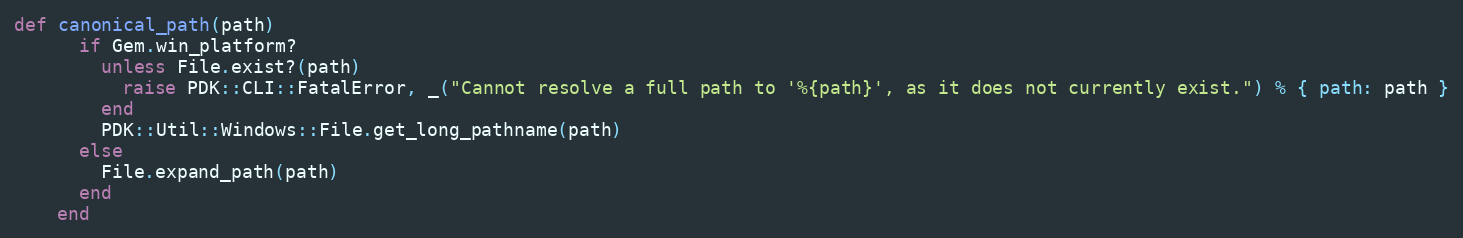
Language: Ruby
def canonical_path(path)
      if Gem.win_platform?
        unless File.exist?(path)
          raise PDK::CLI::FatalError, _("Cannot resolve a full path to '%{path}', as it does not currently exist.") % { path: path }
        end
        PDK::Util::Windows::File.get_long_pathname(path)
      else
        File.expand_path(path)
      end
    end